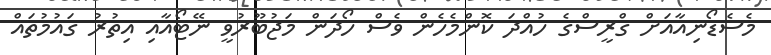
މެސެޑޯނިއާއަށް ގްރީސްގެ ހުއްދަ ކޮންމެހެން ވެސް ހޯދަން މަޖުބޫރުވީ ނޭޓޯއާއި އިތުރު ގައުމުތައް